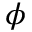
\boldsymbol { \phi }